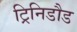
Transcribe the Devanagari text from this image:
ट्रिनिडौड